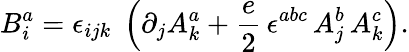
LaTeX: B_{i}^{a}=\epsilon_{ijk}\; \left(\partial_{j}A_{k}^{a}+\frac{e}{2}\, \epsilon^{abc}\, A_{j}^{b}\, A_{k}^{c}\right).